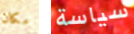
مكان سياسة